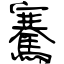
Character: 騫